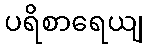
ပရိစာရေယျ